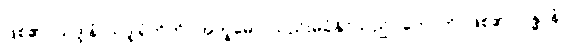
ဖြစ်၏။ သဒ္ဒါနံ၊ သဒ္ဒါရုံတိုကို။ အက္ခမော၊ သည်းမခံနိုင်သည်။ ဟောတိ၊ ဖြစ်၏။ ဂန္ဓာနံ၊